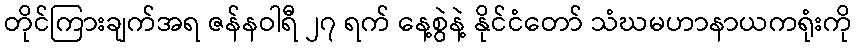
တိုင်ကြားချက်အရ ဇန်နဝါရီ ၂၇ ရက် နေ့စွဲနဲ့ နိုင်ငံတော် သံဃမဟာနာယကရုံးကို